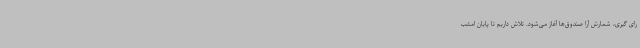
رای گیری، شمارش آرا صندوق‌ها آغاز می‌شود. تلاش داریم تا پایان امشب